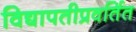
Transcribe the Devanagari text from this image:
विद्यापतीप्रवर्तित